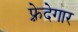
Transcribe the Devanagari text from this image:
फ़्रेदेगार